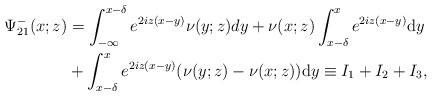
\begin{align*}\begin{aligned}\Psi^-_{21}(x;z)&= \int_{-\infty}^{x-\delta} e^{2 iz(x-y)} \nu(y ;z) d y+\nu(x ;z) \int_{x-\delta}^{x} e^{2 i z(x-y)} \mathrm{d} y \\&+\int_{x-\delta}^{x} e^{2 i z(x-y)}(\nu(y ;z)-\nu(x ; z)) \mathrm{d} y \equiv I_1+I_2+I_3,\end{aligned}\end{align*}